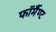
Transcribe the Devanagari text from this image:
फॉर्मैण्ट